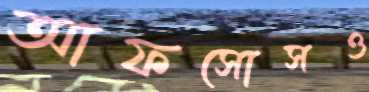
আফসোসও